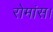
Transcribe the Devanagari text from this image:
रोमांस।